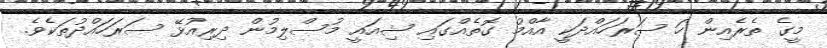
މީގެ ތެރެއިން ހަ ސަރަހައްދަކީ އާއްމު ގޮތެއްގައި ޝިއައީ މުސްލިމުން ދިރިއުޅޭ ސަރަހައްދުތަކެވެ.